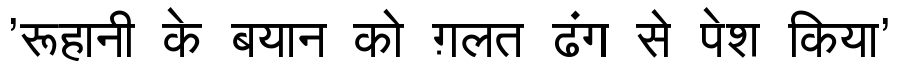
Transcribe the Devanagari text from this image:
'रूहानी के बयान को ग़लत ढंग से पेश किया'